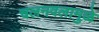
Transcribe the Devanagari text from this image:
चलनवलामुळे